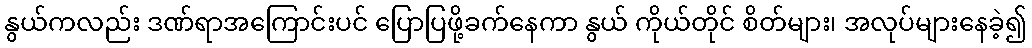
နွယ်ကလည်း ဒဏ်ရာအကြောင်းပင် ပြောပြဖို့ခက်နေကာ နွယ် ကိုယ်တိုင် စိတ်များ၊ အလုပ်များနေခဲ့၍